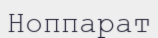
Ноппарат